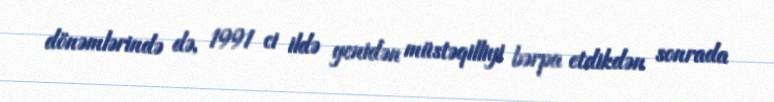
dönəmlərində də, 1991 ci ildə yenidən müstəqilliyi bərpa etdikdən sonrada